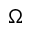
\Omega